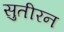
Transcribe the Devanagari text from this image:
सुतीरन